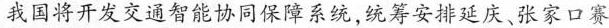
我国将开发交通智能协同保障系统,统筹安排延庆、张家口赛